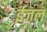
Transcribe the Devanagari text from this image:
ईजल